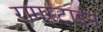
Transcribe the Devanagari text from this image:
रामस्टाइन